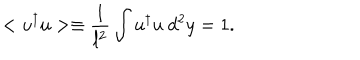
< u ^ { \dagger } u > \equiv \frac { 1 } { l ^ { 2 } } \int u ^ { \dagger } u \mathrm { ~ } d ^ { 2 } y = 1 .